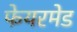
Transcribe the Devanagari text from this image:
फेयरमेड